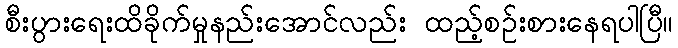
စီးပွားရေးထိခိုက်မှုနည်းအောင်လည်း ထည့်စဉ်းစားနေရပါပြီ။